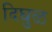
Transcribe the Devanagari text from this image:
दिघुळ